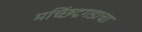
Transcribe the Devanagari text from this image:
मच्छिंद्रगडाचा